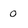
Character: 0